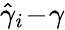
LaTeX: \hat{\gamma}_{i}\! -\! \gamma